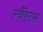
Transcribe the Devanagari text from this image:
ल्वैरेन्स